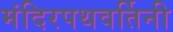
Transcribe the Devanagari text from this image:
मंदिरपथवर्तिनी